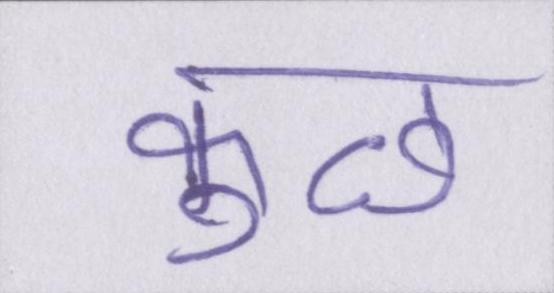
कुछ